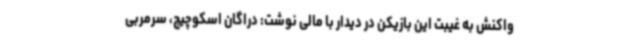
واکنش به غیبت این بازیکن در دیدار با مالی نوشت: دراگان اسکوچیچ، سرمربی